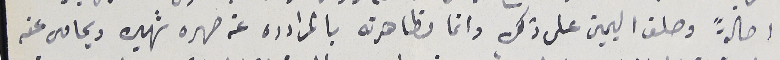
اصالةً وحلف اليمين على ذلك وانما مظاهرته بالمرادده عن صهره شهيره ويحامى عنه